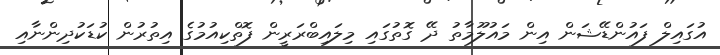
އުގައިލް ފައުންޑޭޝަން އިން މައުލޫމާތު ދޭ ގޮތުގައި މިލައިބްރަރީން ފޮތްކިއުމުގެ އިތުރުން ކުޑަކުދިންނާއި